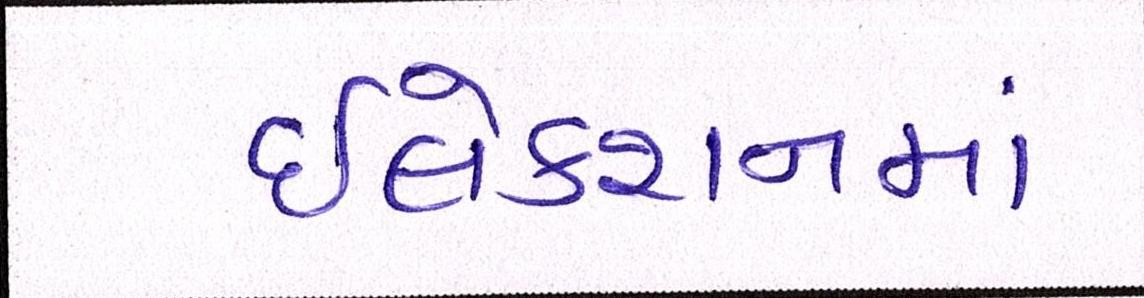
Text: ઇલેક્શનમાં